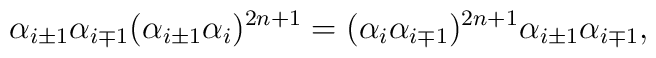
\alpha_{i\pm 1} \alpha_{i\mp 1} (\alpha_{i\pm 1} \alpha_i)^{2n+1}=(\alpha_i \alpha_{i\mp 1})^{2n+1} \alpha_{i\pm 1} \alpha_{i\mp 1},